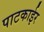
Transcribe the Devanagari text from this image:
पाटकाईर